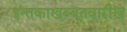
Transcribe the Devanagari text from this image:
इन्तकाखब्बूतवारीख